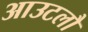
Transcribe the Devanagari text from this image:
आउटलौ